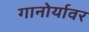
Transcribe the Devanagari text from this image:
गानोर्यावर